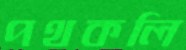
পথকলি